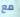
مع